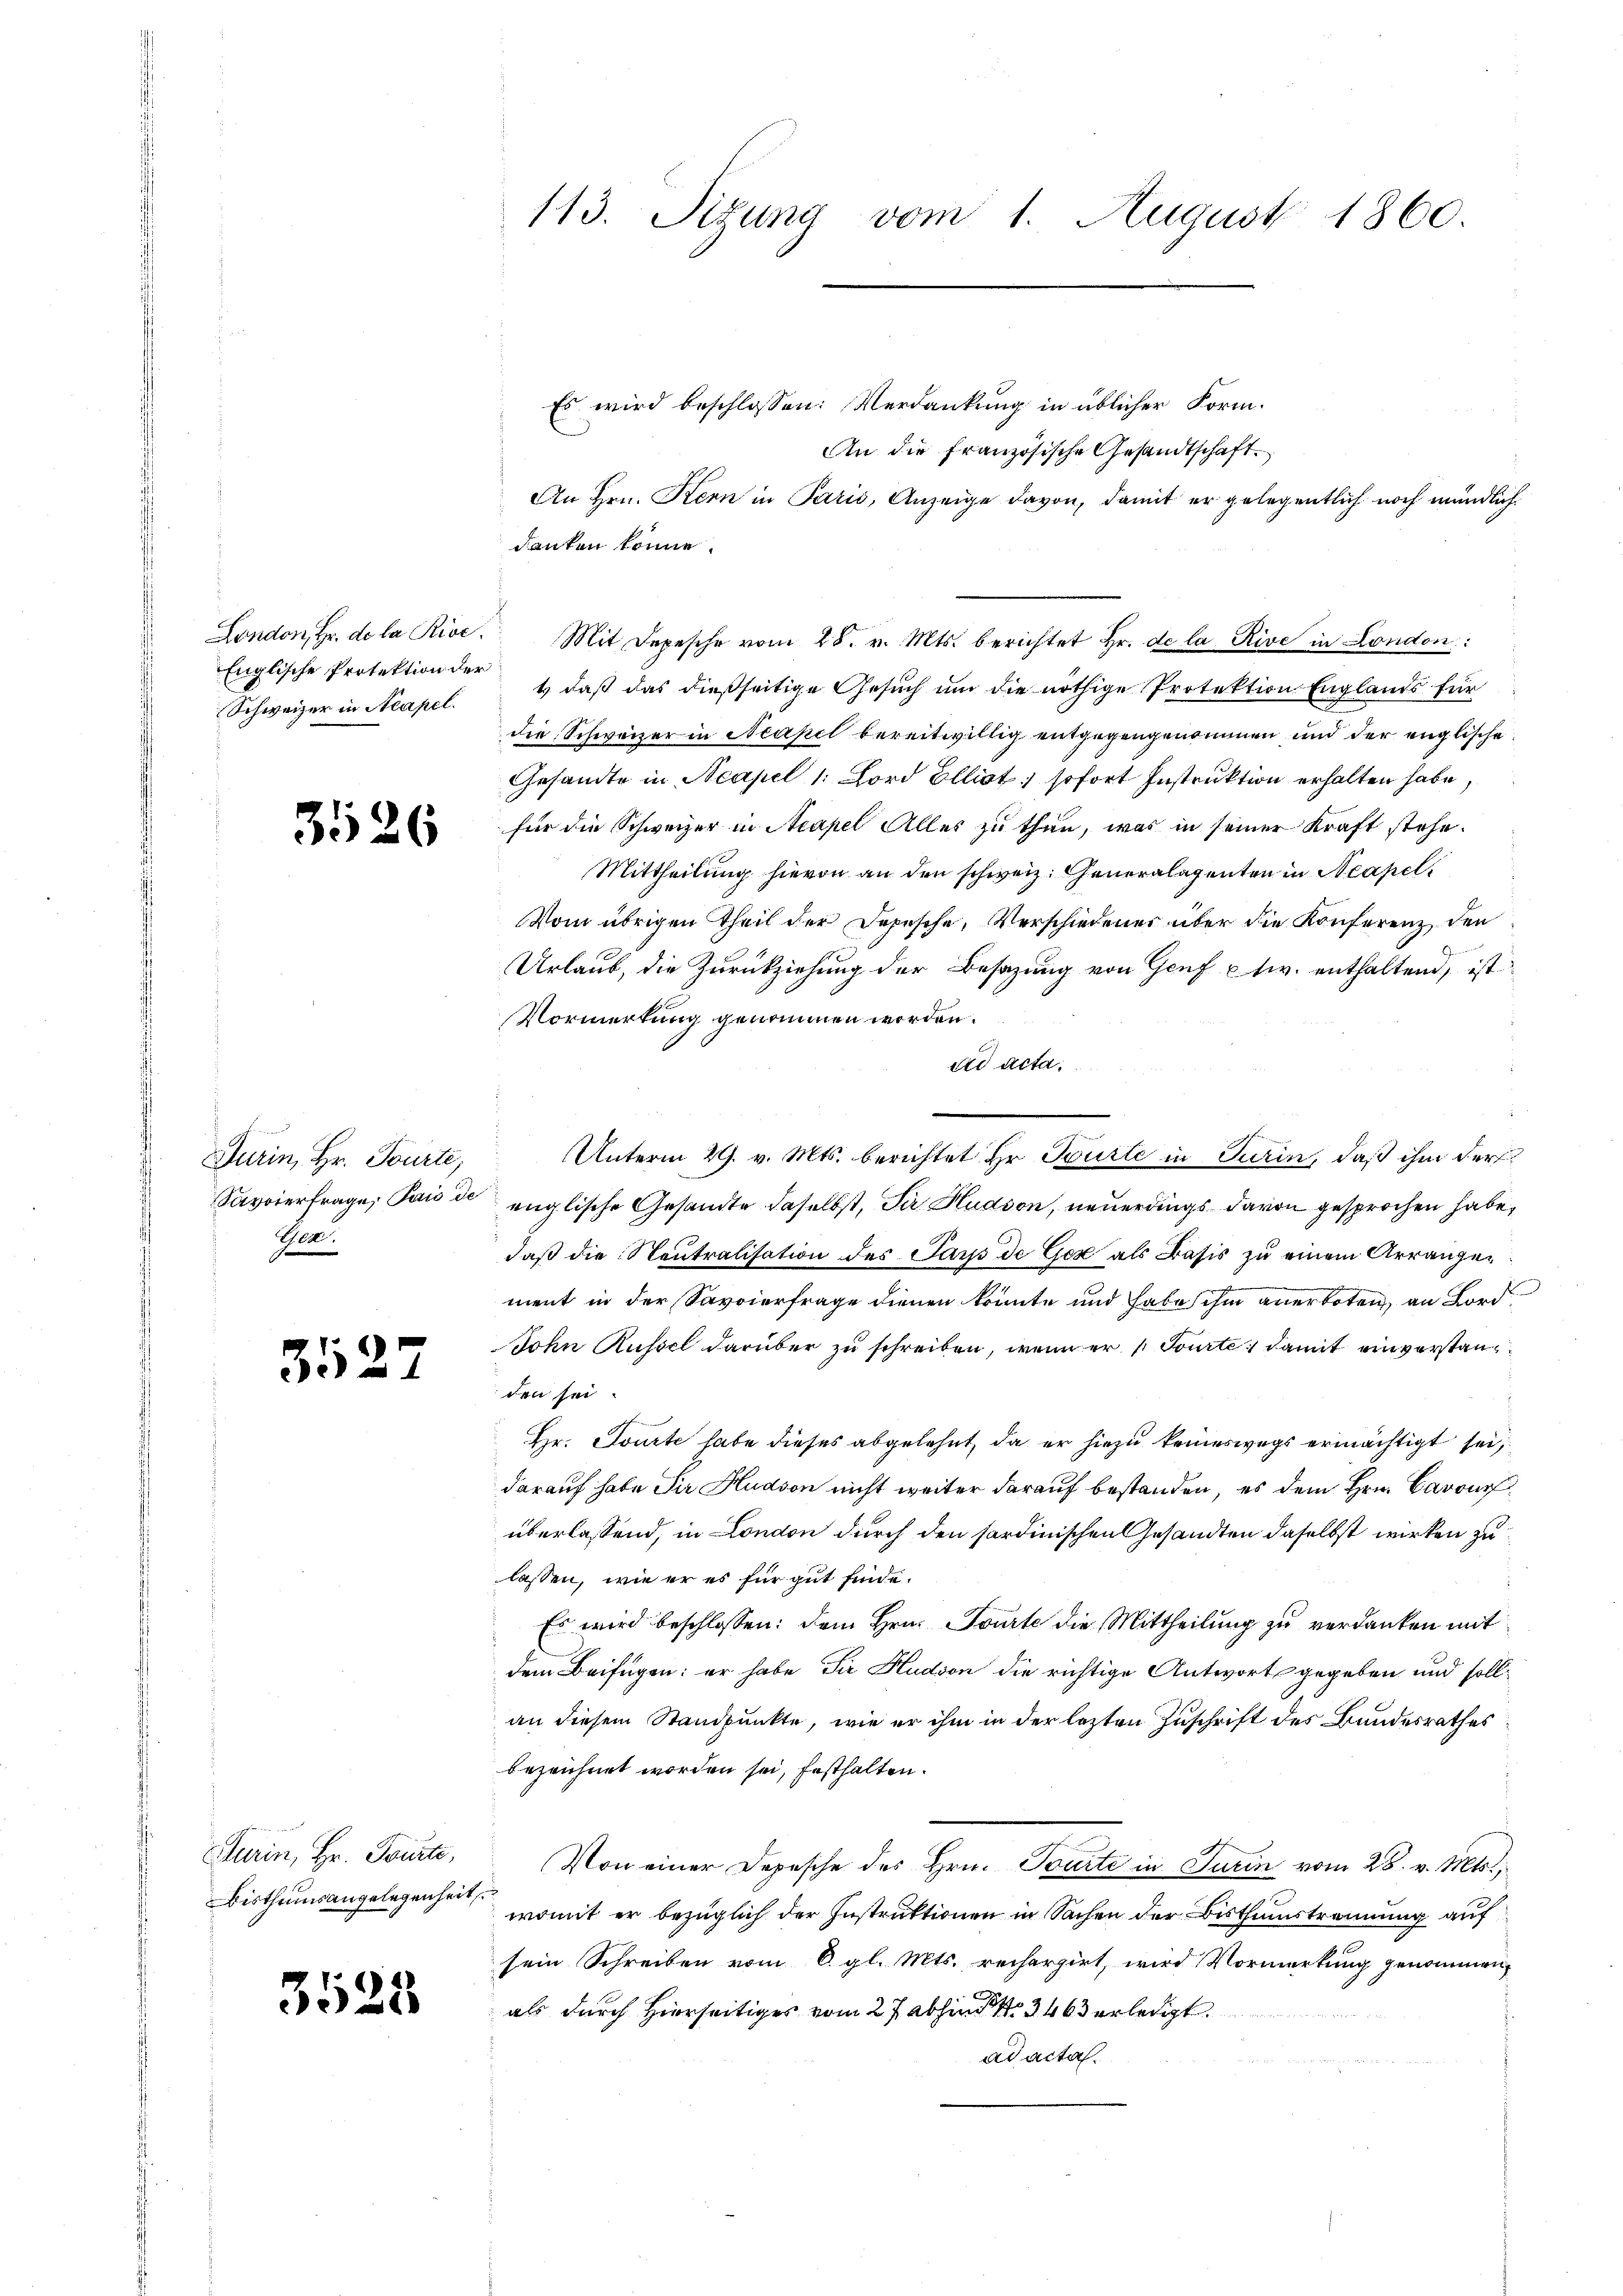
London, Hr. de la Rive.
Englische Protektion der
Schweizer in Neapel.

3526

Turin, Hr. Tourte,
Savoierfrage, Paus de
Gen.

35.

2

Darin, Hr. Tourte
Bisthumsangelegenheit,

3528

113. Sizung vom 1. August 1860.

Es wird beschlossen: Verdankung in üblicher Form.
An die französische Gesandtschaft.
An Hrn. Kern in Paris, Anzeige davon, damit er gelegentlich noch mündlich
danken könne.
Mit Depesche vom 28. v. Mts. berichtet Hr. de la Rive in London:
t daß das dießseitige Gesuch um die nöthige Protektion Englands für
die Schweizer in Neapel bereitwillig entgegengenommen und der englische
Gesandte in Neapel 1. Lord Ellist sofort Instruktion erhalten habe,
für die Schweizer in Neapel Alles zu thun, was in seiner Kraft stehe.
Mittheilung hievon an den schweiz. Generalagenten in Neapel
Vom übrigen Theil der Depesche, Verschiedenes über die Konferenz den
Urlaub, die Zurückziehung der Besazung von Genf w. enthaltend, ist
Vormerkung genommen worden.
ad acta.
.
englische Gesandte daselbst, Sir Hudson, neuerdings davon gesprochen habe,
daß die Neutralisation des Jars de Ger als Basis zu einem Arrangen
ment in der Savoierfrage dienen könnte und habe ihm anerboten, an Lord¬
John Russel darüber zu schreiben, wenn er u Tourte, damit einverstan
den sei.
Hr. Tourte habe dieses abgelehnt, da er hiezu keineswegs ermächtigt sei,
darauf habe die Hudson nicht weiter darauf bestanden, es dem Hrn. Baron
überlassend, in London durch den sardinischen Gesandten daselbst wirken zu
lassen, wie er es für gut finde.
Es wird beschlossen: dem Hrn. Tourte die Mittheilung zu verdanken mit
dem Beifügen: er habe Sir Hudson die richtige Antworts gegeben und sollan diesem Standpunkte, wie er ihm in der lezten Zuschrift des Bundesrathes
bezeichnet worden sei, festhalten.
Von einer Depesche des Hrn. Tourte in Turin vom 28. v. Mts.,
womit er bezüglich der Instruktionen in Sachen der Bisthumstrennung auf
sein Schreiben vom 6. gl. Mts. rechergirt, wird Vormerkung genommen,
als durch Hierseitiges vom 27. abhin No 3463 erledigt.
ad acta.

Unterm 29. v. Mts. berichtet Hr. Tourle in Turin, daß ihm der¬